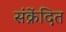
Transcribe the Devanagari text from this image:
संक्रेंदित